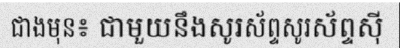
ជាងមុន៖ ជាមួយនឹងសូរស័ព្ទសូរស័ព្ទស៊ី